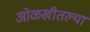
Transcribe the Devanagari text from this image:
ओळखीतल्या